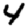
Digit: 4